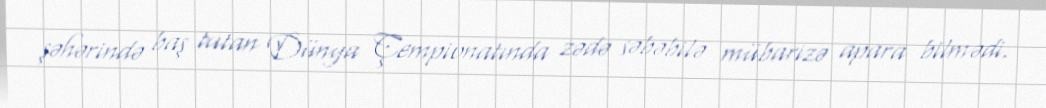
şəhərində baş tutan Dünya Çempionatında zədə səbəbilə mübarizə apara bilmədi.